Report of an investigation into the causes of malaria in Bombay and the measures necessary for its control
Disease focus: Malaria
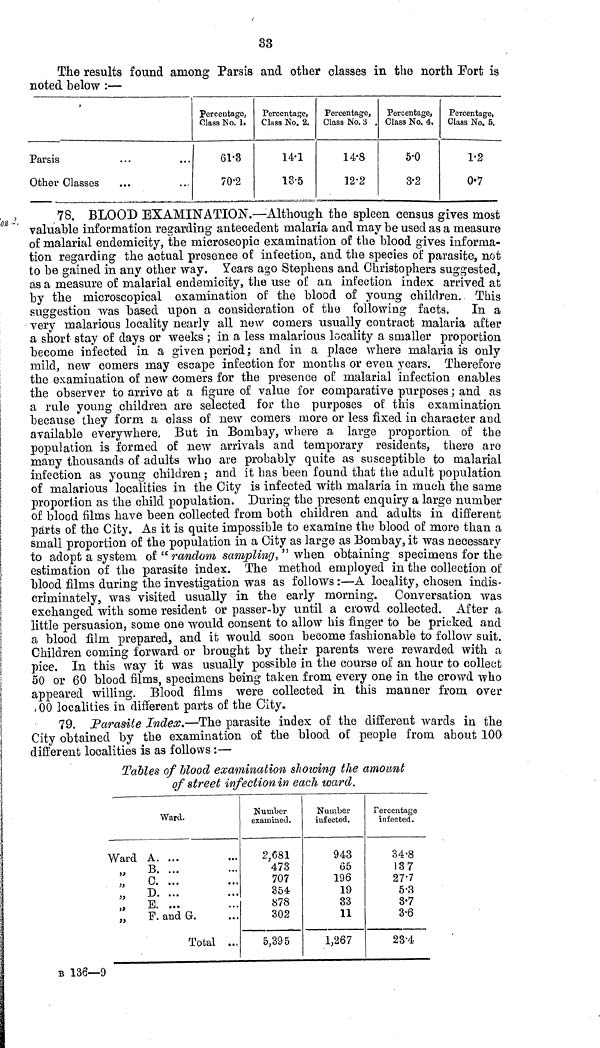
33
The results found among Parsis and other classes in the north Port is
noted below :—
Parsis
Other Classes
Percentage,
Class No. 1.
61.3
70.2
Percentage,
Class No. 2.
14.1
18.5
Percentage,
Class No. 3
14.8
12.2
Percentage,
Class No. 4.
5.0
3.2
Percentage,
Class No, 5.
1.2
0.7
78. BLOOD EXAMINATION.—Although the spleen census gives most
valuable information regarding antecedent malaria and may be used as a measure
of malarial endemicity, the microscopio examination of the blood gives informa-
tion regarding the actual presence of infection, and the species of parasite, not
to be gained in any other way. Years ago Stephens and Christophers suggested,
as a measure of malarial endemicity, the use of an infection index arrived at
by the microscopical examination of the blood of young children. This
suggestion was based upon a consideration of the following facts.
In a
very malarious locality nearly all now comers usually contract malaria after
a short stay of days or weeks ; in a less malarious locality a smaller proportion
become infected in a given period; and in a place where malaria is only
mild, new comers may escape infection for months or even years. Therefore
the examination of new comers for the presence of malarial infection enables
the observer to arrive at a figure of value for comparative purposes ; and as
a rule young children are selected for the purposes of this examination
because they form a class of new comers more or less fixed in character and
available everywhere. But in Bombay, where a large proportion of the
population is formed of new arrivals and temporary residents, there are
many thousands of adults who are probably quite as susceptible to malarial
infection as young children ; and it has been found that the adult population
of malarious localities in the City is infected with malaria in much the same
proportion as the child population. During the present enquiry a large number
of blood films have been collected from both children and adults in different
parts of the City. As it is quite impossible to examine the blood of more than a
small proportion of the population in a City as large as Bombay, it was necessary
to adopt a system of" random sampling," when obtaining specimens for the
estimation of the parasite index. The method employed in the collection of
blood films during the investigation was as follows:—A locality, chosen indis-
criminately, was visited usually in the early morning. Conversation was
exchanged with some resident or passer-by until a crowd collected. After a
little persuasion, some one would consent to allow his finger to be pricked and
a blood film prepared, and it would soon become fashionable to follow suit.
Children coming forward or brought by their parents were rewarded with a
pice. In this way it was usually possible in the course of an hour to collect
50 or 60 blood films, specimens being taken from every one in the crowd who
appeared willing. Blood films were collected in this manner from over
\ill\00 localities in different parts of the City.
79. Parasite Index.—The parasite index of the different wards in the
City obtained by the examination of the blood of people from about 100
different localities is as follows :—
Tables of blood examination showing the amount
of street infection in each ward.
Ward.
Ward A. ...
B. ...
0
D. ...
,
E. ...
„
F. and G.
Total ...
Number
examined.
2,681
473
707
354
878
302
5,395
Number
infected.
943
65
196
19
33
11
1,267
Percentage
infected.
34.8
137
27.7
5.3
3.7
3.6
23.4
B 136—9